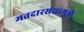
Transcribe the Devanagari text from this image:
मतदारसंघामुळे